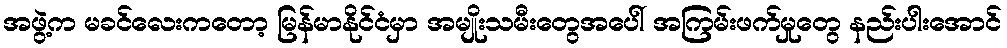
အဖွဲ့က မခင်လေးကတော့ မြန်မာနိုင်ငံမှာ အမျိုးသမီးတွေအပေါ် အကြမ်းဖက်မှုတွေ နည်းပါးအောင်